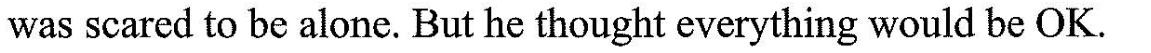
was scared to be alone. But he thought everything would be OK.